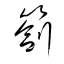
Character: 箚